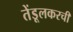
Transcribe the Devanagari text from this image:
तेंडूलकरची